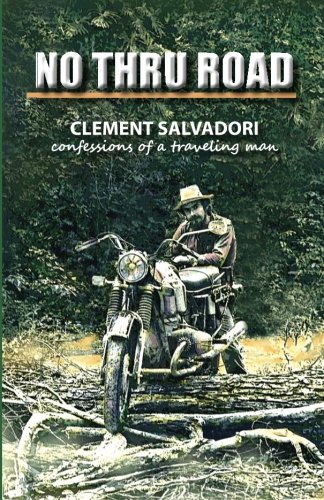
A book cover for No Thru Road: Confessions of a Traveling Man; Clement Salvadori; Engineering & Transportation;